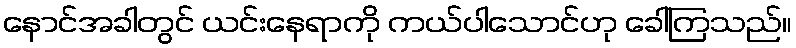
နောင်အခါတွင် ယင်းနေရာကို ကယ်ပါသောင်ဟု ခေါ်ကြသည်။